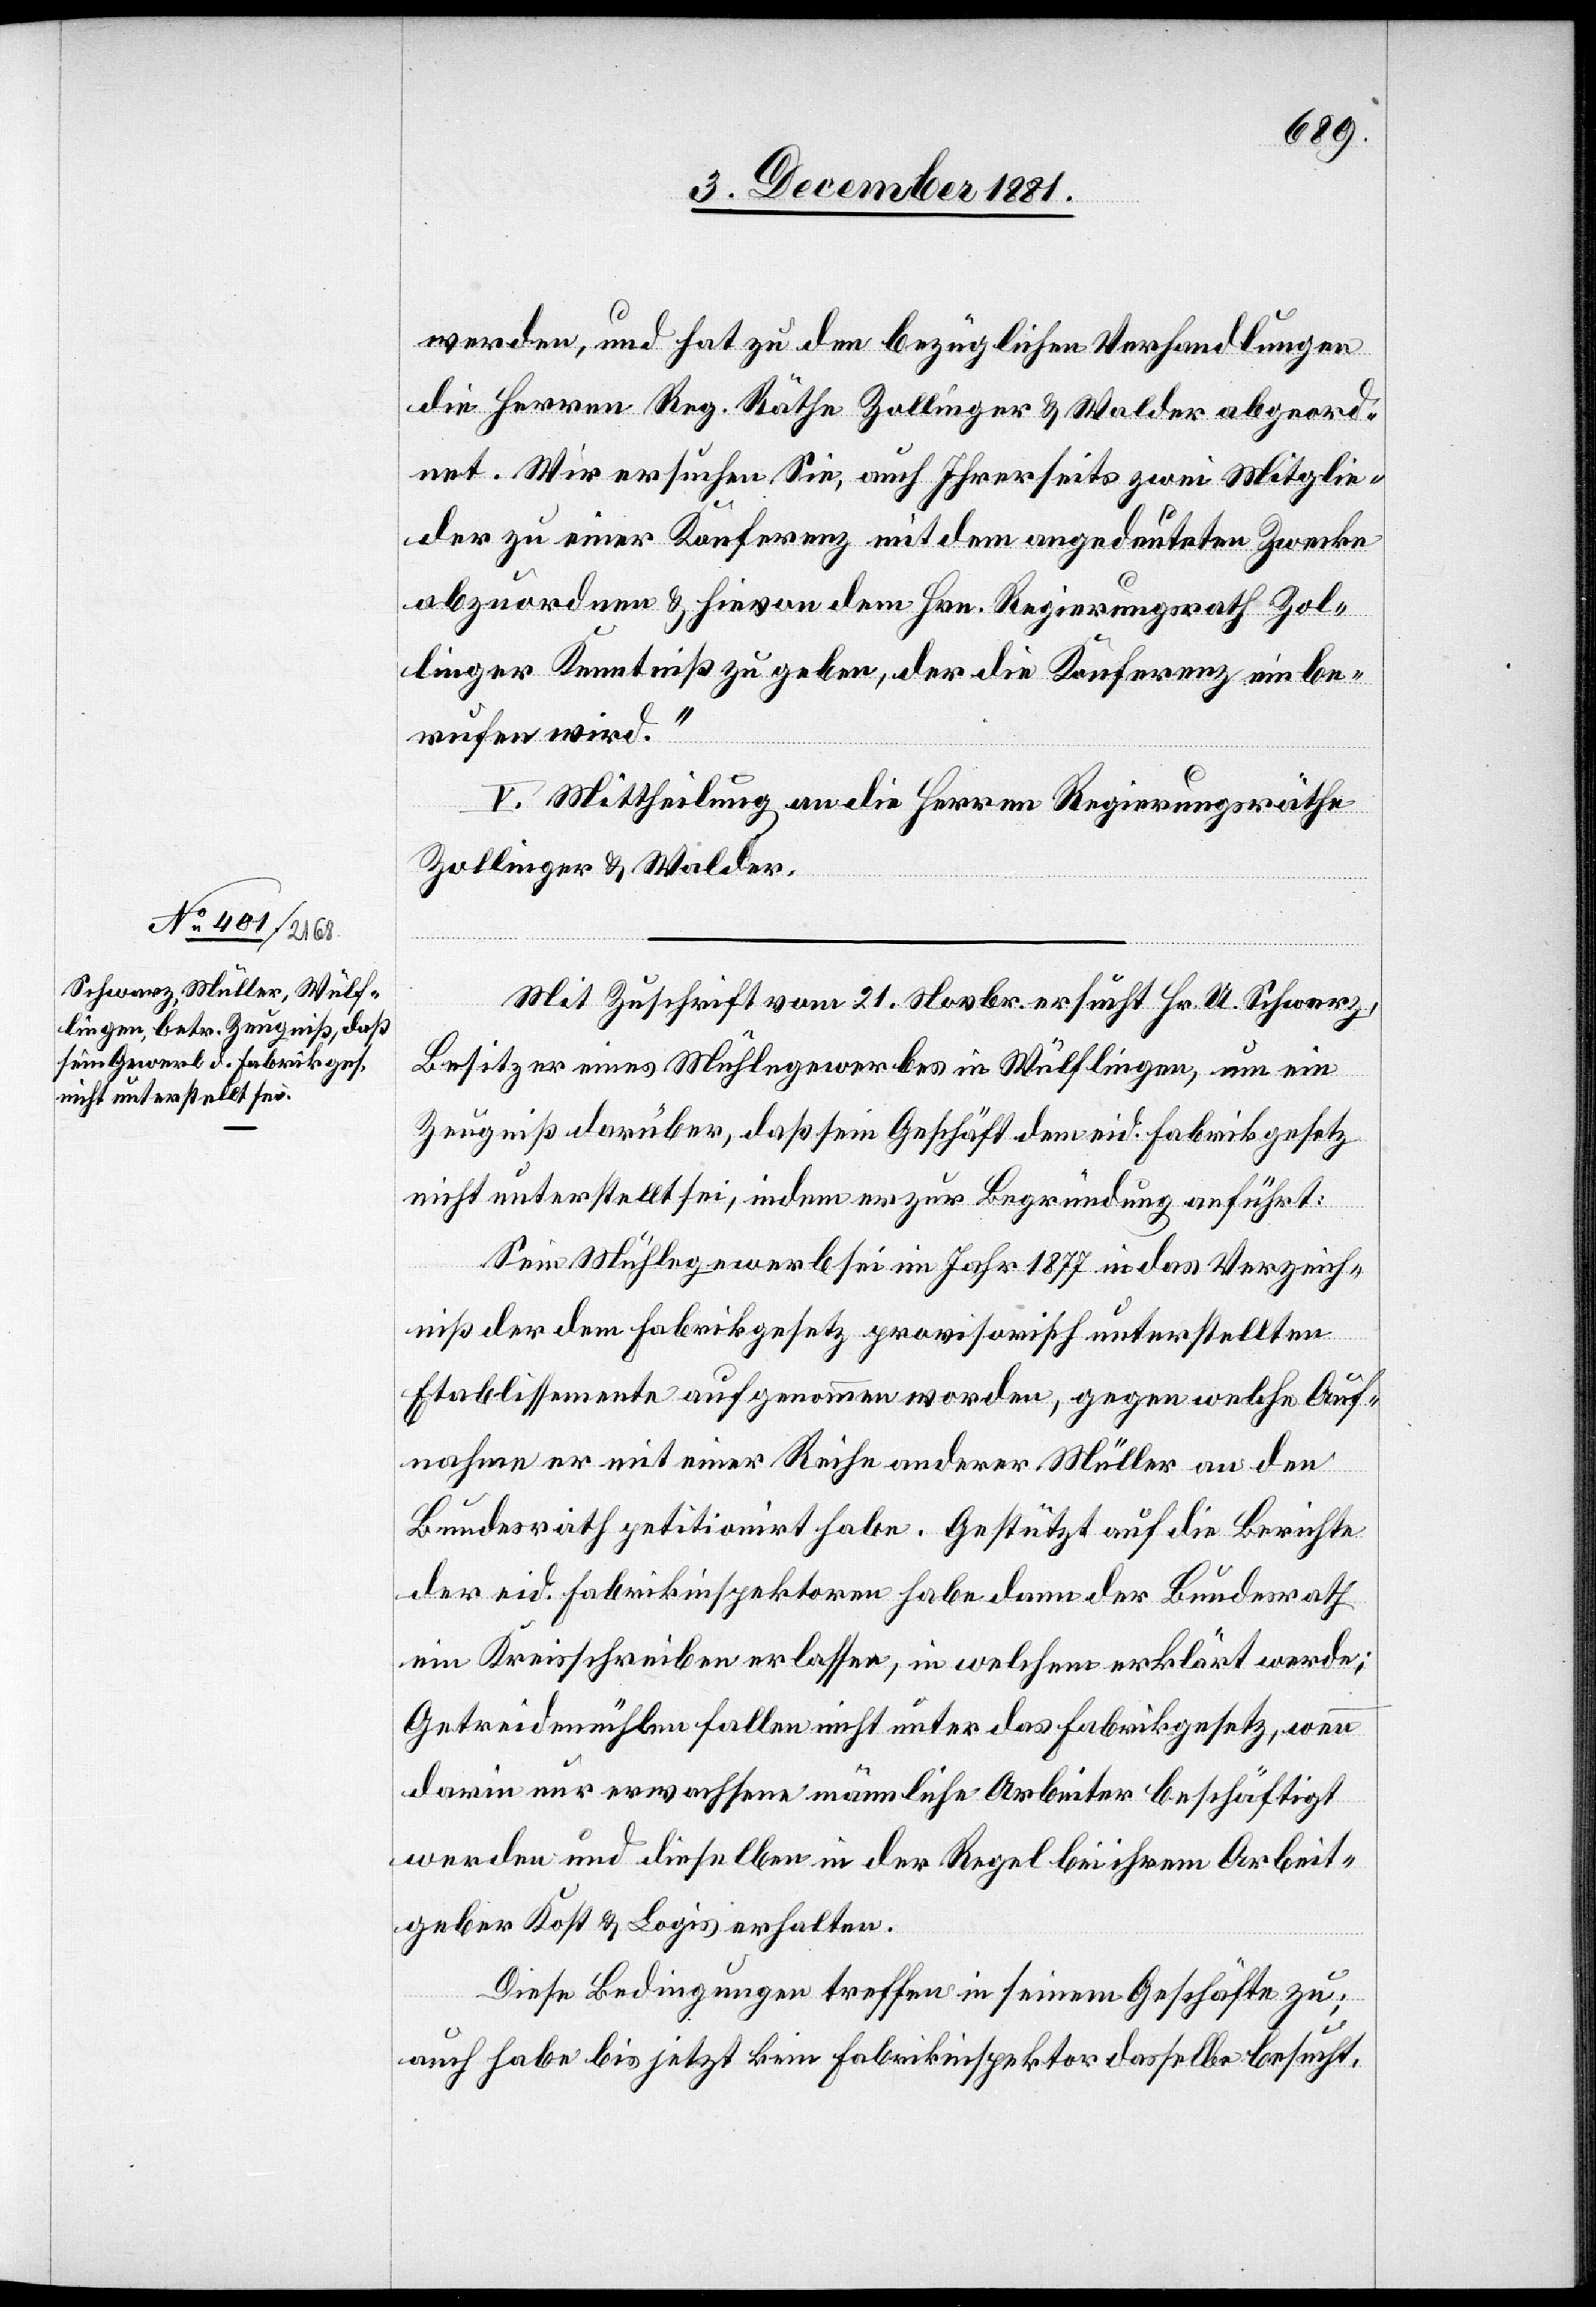
werden, und hat zu den bezüglichen Verhandlungen
die Herren Reg. Räthe Zollinger & Walder abgeord¬
net. Wir ersuchen Sie, auch Ihrerseits zwei Mitglie¬
der zu einer Konferenz mit dem angedeuteten Zwecke
abzuordnen & hievon dem Hrn. Regierungsrath Zol¬
linger Kenntniß zu geben, der die Konferenz einbe¬
rufen wird.“
V. Mittheilung an die Herren Regierungsräthe
Zollinger & Walder.
Mit Zuschrift vom 21. Novbr. ersucht Hr. U. Schwarz,
Besitzer eines Mühlegewerbes in Wülflingen, um ein
Zeugniß darüber, daß sein Geschäft dem eid. Fabrikgesetz
nicht unterstellt sei, indem er zur Begründung anführt:
Sein Mühlegewerb sei im Jahr 1877 in das Verzeich¬
niß der dem Fabrikgesetz provisorisch unterstellten
Etablissemente aufgenommen worden, gegen welche Auf¬
nahme er mit einer Reihe anderer Müller an den
Bundesrath petitionirt habe. Gestützt auf die Berichte
der eid. Fabrikinspektoren habe dann der Bundesrath
ein Kreisschreiben erlassen, in welchem erklärt werde;
Getreidemühlen fallen nicht unter das Fabrikgesetz, wenn
darin nur erwachsene männliche Arbeiter beschäftigt
werden und dieselben in der Regel bei ihrem Arbeit¬
geber Kost & Logis erhalten.
Diese Bedingungen treffen in seinem Geschäfte zu;
auch habe bis jetzt kein Fabrikinspektor dasselbe besucht.